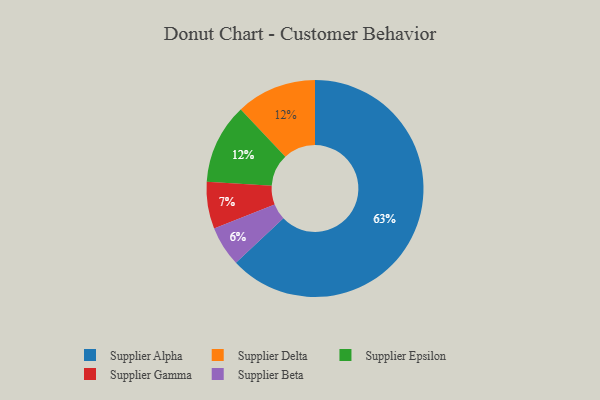
{"axis": {"x": "Category", "y": "Percentage"}, "legend": ["Supplier Alpha", "Supplier Beta", "Supplier Delta", "Supplier Epsilon", "Supplier Gamma"], "data": [{"x": "Supplier Alpha", "y": 63, "type": "Supplier Alpha"}, {"x": "Supplier Delta", "y": 12, "type": "Supplier Delta"}, {"x": "Supplier Beta", "y": 6, "type": "Supplier Beta"}, {"x": "Supplier Epsilon", "y": 12, "type": "Supplier Epsilon"}, {"x": "Supplier Gamma", "y": 7, "type": "Supplier Gamma"}]}